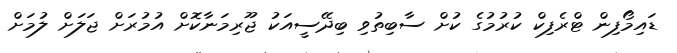
ޑައިމޯފިން ޓްރެފިކް ކުރުމުގެ ކުށް ސާބިތުވި ބިދޭސީއަކު ޖޫރިމަނާކޮށް އުމުރަށް ޖަލަށް ލުމަށް